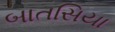
બાતસિયા